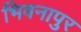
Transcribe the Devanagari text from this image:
भिवनापुर